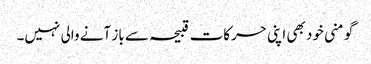
گو منی خود بھی اپنی حرکات قبیحہ سے باز آنے والی نہیں۔